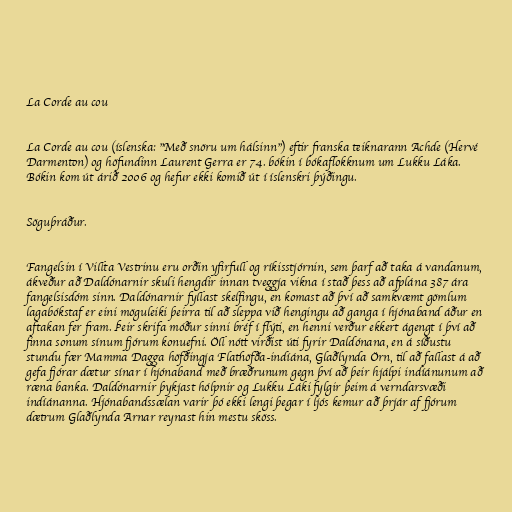
La Corde au cou

La Corde au cou (íslenska: "Með snöru um hálsinn") eftir franska teiknarann Achde (Hervé
Darmenton) og höfundinn Laurent Gerra er 74. bókin í bókaflokknum um Lukku Láka.
Bókin kom út árið 2006 og hefur ekki komið út í íslenskri þýðingu.

Söguþráður.

Fangelsin í Villta Vestrinu eru orðin yfirfull og ríkisstjórnin, sem þarf að taka á vandanum,
ákveður að Daldónarnir skuli hengdir innan tveggja vikna í stað þess að afplána 387 ára
fangelsisdóm sinn. Daldónarnir fyllast skelfingu, en komast að því að samkvæmt gömlum
lagabókstaf er eini möguleiki þeirra til að sleppa við hengingu að ganga í hjónaband áður en
aftakan fer fram. Þeir skrifa móður sinni bréf í flýti, en henni verður ekkert ágengt í því að
finna sonum sínum fjórum konuefni. Öll nótt virðist úti fyrir Daldónana, en á síðustu
stundu fær Mamma Dagga höfðingja Flathöfða-indíána, Glaðlynda Örn, til að fallast á að
gefa fjórar dætur sínar í hjónaband með bræðrunum gegn því að þeir hjálpi indíánunum að
ræna banka. Daldónarnir þykjast hólpnir og Lukku Láki fylgir þeim á verndarsvæði
indíánanna. Hjónabandssælan varir þó ekki lengi þegar í ljós kemur að þrjár af fjórum
dætrum Glaðlynda Arnar reynast hin mestu sköss.